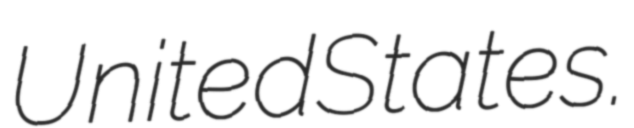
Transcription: United States.